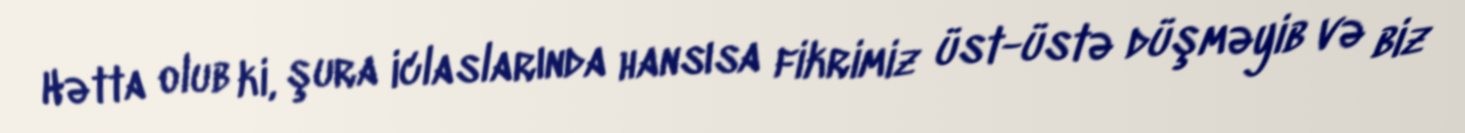
Hətta olub ki, şura iclaslarında hansısa fikrimiz üst-üstə düşməyib və biz